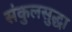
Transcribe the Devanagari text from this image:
संकुलसुद्धा